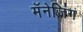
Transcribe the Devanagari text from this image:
मॅनेजिंग